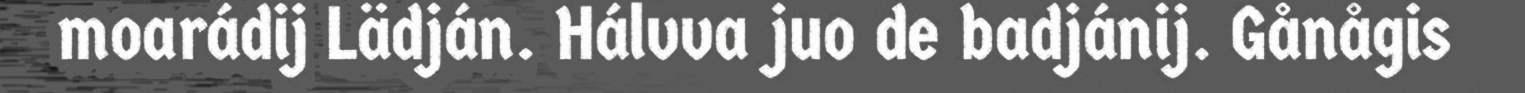
moarádij Lädján. Hálvva juo de badjánij. Gånågis